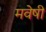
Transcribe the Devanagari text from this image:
मवेषी